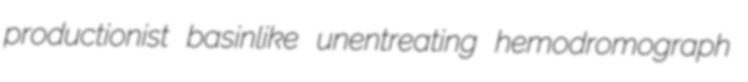
productionist basinlike unentreating hemodromograph